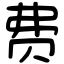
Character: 费